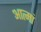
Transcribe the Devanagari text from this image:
आत्मां